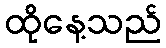
ထိုနေ့သည်